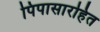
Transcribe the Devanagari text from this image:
पिपासारहित